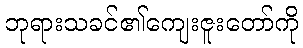
ဘုရားသခင်၏ကျေးဇူးတော်ကို